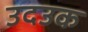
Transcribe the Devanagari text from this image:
उदउक